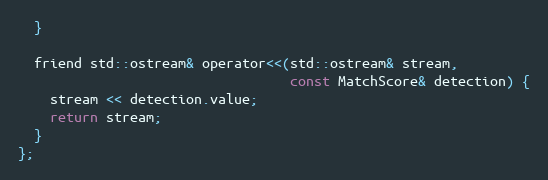
Language: C
  }

  friend std::ostream& operator<<(std::ostream& stream,
                                  const MatchScore& detection) {
    stream << detection.value;
    return stream;
  }
};